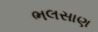
ભલસાણ